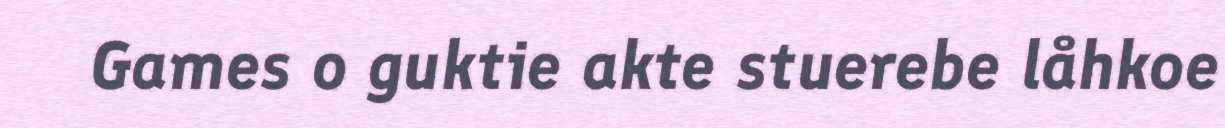
Games o guktie akte stuerebe låhkoe